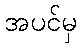
အပင်မှ